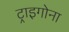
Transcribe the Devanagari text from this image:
ट्राइगोना